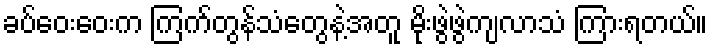
ခပ်ဝေးဝေးက ကြက်တွန်သံတွေနဲ့အတူ မိုးဖွဲဖွဲကျလာသံ ကြားရတယ်။